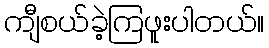
ကျီစယ်ခဲ့ကြဖူးပါတယ်။